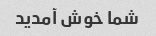
شما خوش آمدید